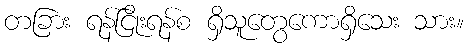
တခြား ရန်ငြိုးရန်စ ရှိသူတွေကောရှိသေး သား။